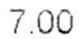
7.00